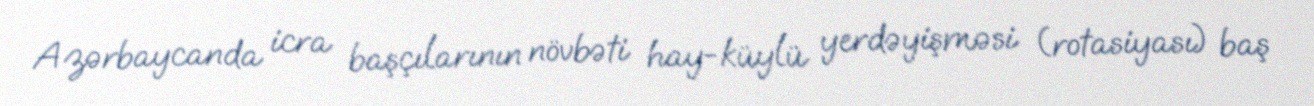
Azərbaycanda icra başçılarının növbəti hay-küylü yerdəyişməsi (rotasiyası) baş